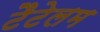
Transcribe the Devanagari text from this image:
टैटेलम